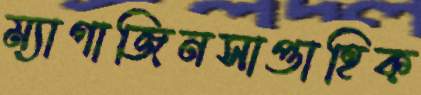
ম্যাগাজিনসাপ্তাহিক